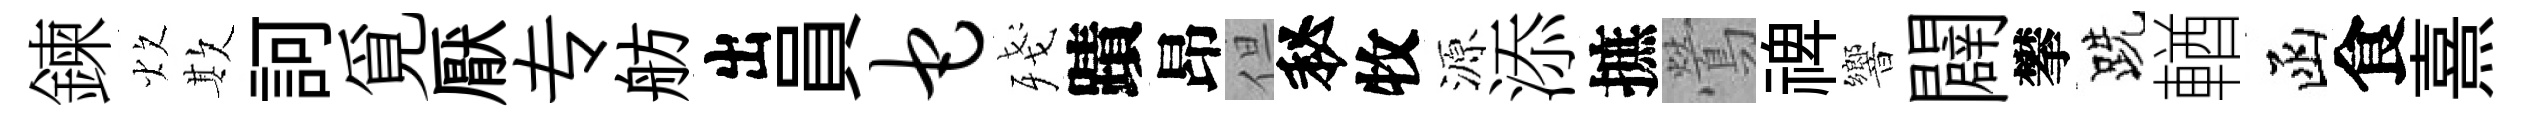
鍊炊欺訶覓厭专舫出員它殘蹟昂但秘牧源添摭鶯禆響闢攀跣輶函食熹